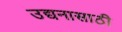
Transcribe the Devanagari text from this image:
उद्यनासाठी